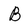
Character: B